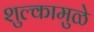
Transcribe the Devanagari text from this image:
शुल्कामुळे